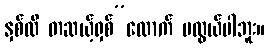
နှစ်လီ တဆယ့်ရှစ်”လောက် မလွယ်ပါဘူး။